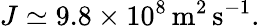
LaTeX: J\simeq 9.8\times 10^{8}\, \mathrm{m}^{2}\, \mathrm{s}^{-1}.